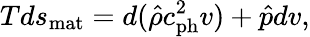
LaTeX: Tds_{\mathrm{mat}}=d(\hat{\rho}c_{\mathrm{ph}}^{2}v)+\hat{p}dv,